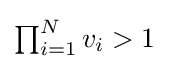
\textstyle \prod _{i=1}^{N}\displaystyle v_{i}>1